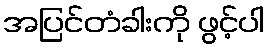
အပြင်တံခါးကို ဖွင့်ပါ